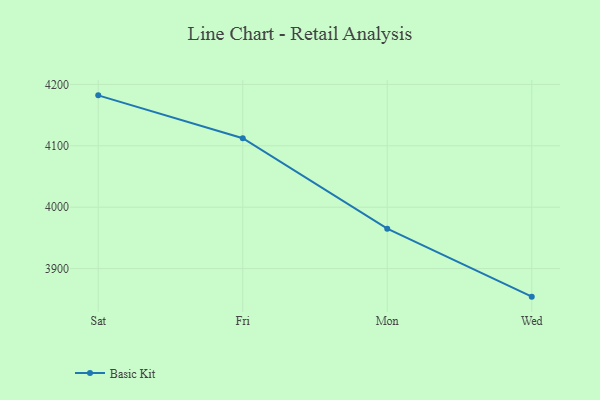
{"axis": {"x": "Day", "y": "Gross Profit (USD K)"}, "legend": ["Basic Kit"], "data": [{"x": "Sat", "y": 4182.2, "type": "Basic Kit"}, {"x": "Fri", "y": 4112.4, "type": "Basic Kit"}, {"x": "Mon", "y": 3965.1, "type": "Basic Kit"}, {"x": "Wed", "y": 3854.3, "type": "Basic Kit"}]}